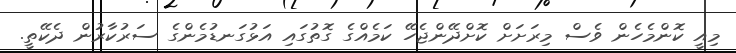
މިއީ ކޮންމެހެން ވެސް މިރަށަށް ކޮށްދޭންޖެހޭ ކަމެއްގެ ގޮތުގައި އަޅުގަނޑުމެންގެ ސަރުކާރުން ދެކޭތީ.